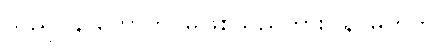
သည်။ န ဟောတိ၊ မဖြစ်သည်ကား။ န၊ မဟုတ်။